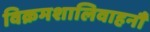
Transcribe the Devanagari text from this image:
विक्रमशालिवाहनौ